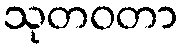
သုတဝတာ